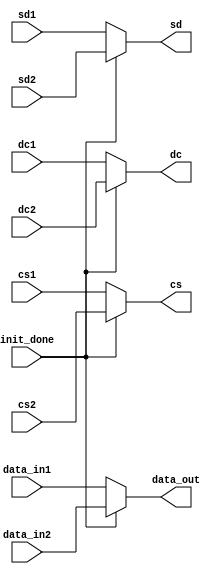
 module bus_mux (
 input wire init_done,
 input wire [7:0] data_in1,
 input wire [7:0] data_in2,
 input wire cs1,
 input wire cs2,
 input wire dc1,
 input wire dc2,
 input wire sd1,
 input wire sd2,
 output reg [7:0] data_out = 8'b0,
 output reg cs,
 output reg dc,
 output reg sd
 );
 
 always @* begin
	 if (!init_done) begin
		data_out <= data_in1;
		cs <= cs1;
		dc <= dc1;
		sd <= sd1;
	 end
	 else begin
		data_out <= data_in2;
		cs <= cs2;
		dc <= dc2;
		sd <= sd2;
	 end
 end
 
 endmodule